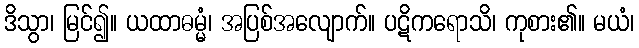
ဒိသွာ၊ မြင်၍။ ယထာဓမ္မံ၊ အပြစ်အလျောက်။ ပဋိကရောသိ၊ ကုစား၏။ မယံ၊